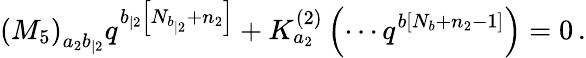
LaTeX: \left(M_{5}\right)_{a_{2}b_{|2}}q^{b_{|2}\left[N_{b_{|2}}+n_{2}\right]}+K_{a_{2}}^{\left(2\right)}\left(\cdots q^{b\left[N_{b}+n_{2}-1\right]}\right)=0\, .